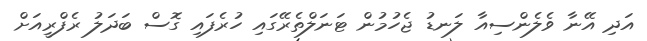
އަދި އޭނާ ވެލެންސިއާ ލަނޑު ޖެހުމުން ޓަނަލްތެރޭގައި ހުރެފައި ގޮސް ބަދަލު ރެފްރީއަށް